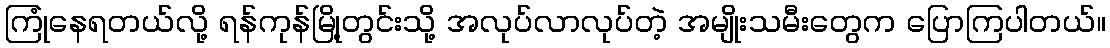
ကြုံနေရတယ်လို့ ရန်ကုန်မြို့တွင်းသို့ အလုပ်လာလုပ်တဲ့ အမျိုးသမီးတွေက ပြောကြပါတယ်။